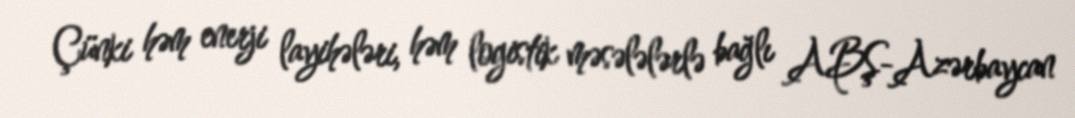
Çünki həm enerji layihələri, həm logistik məsələlərlə bağlı ABŞ-Azərbaycan